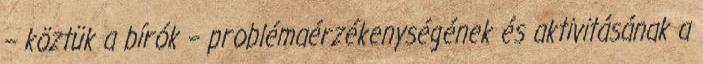
– köztük a bírók – problémaérzékenységének és aktivitásának a